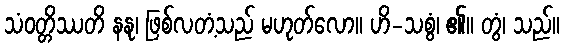
သံဝတ္တိဿတိ နနု၊ ဖြစ်လတံ့သည် မဟုတ်လော။ ဟိ-သစွံ၊ ၏။ တွံ၊ သည်။